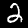
Label: 2